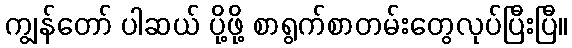
ကျွန်တော် ပါဆယ် ပို့ဖို့ စာရွက်စာတမ်းတွေလုပ်ပြီးပြီ။